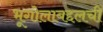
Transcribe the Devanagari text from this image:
भूगोलाबद्दलची